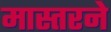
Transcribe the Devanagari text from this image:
मास्तरने